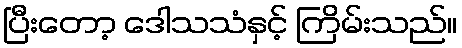
ပြီးတော့ ဒေါသသံနှင့် ကြိမ်းသည်။